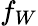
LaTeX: f_{W}